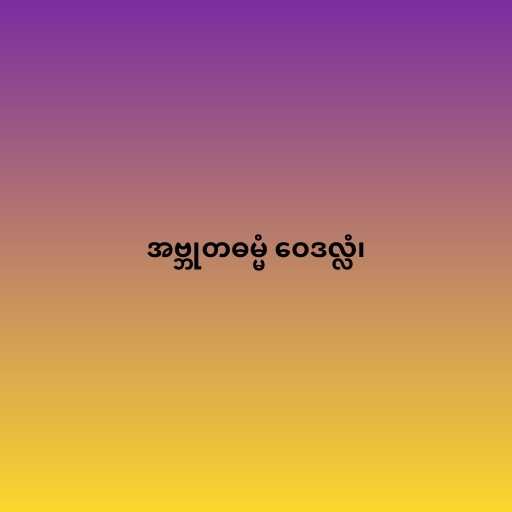
အဗ္ဘုတဓမ္မံ ဝေဒလ္လံ၊